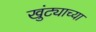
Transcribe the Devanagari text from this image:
खुंट्याच्या